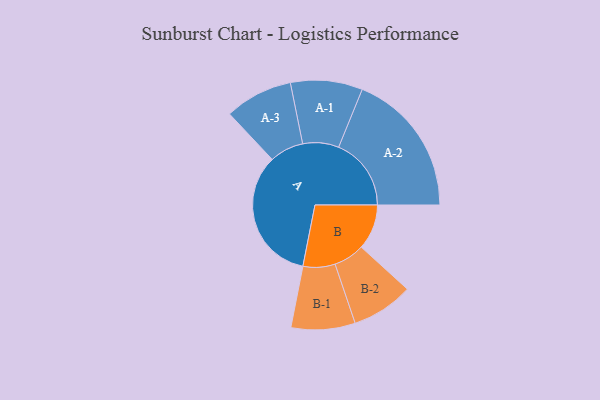
{"axis": {"x": "Segment", "y": "Value"}, "legend": ["", "A", "B"], "data": [{"x": "A", "y": 478, "type": ""}, {"x": "B", "y": 161, "type": ""}, {"x": "A-1", "y": 128, "type": "A"}, {"x": "A-2", "y": 258, "type": "A"}, {"x": "A-3", "y": 121, "type": "A"}, {"x": "B-1", "y": 114, "type": "B"}, {"x": "B-2", "y": 110, "type": "B"}]}